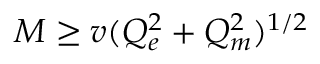
M \ge v ( Q _ { e } ^ { 2 } + Q _ { m } ^ { 2 } ) ^ { 1 / 2 }